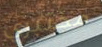
مختبري